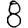
Digit: 8